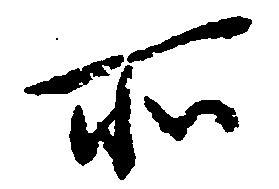
所